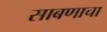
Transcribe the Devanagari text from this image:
साबणाचा